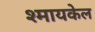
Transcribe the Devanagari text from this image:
श्मायकेल